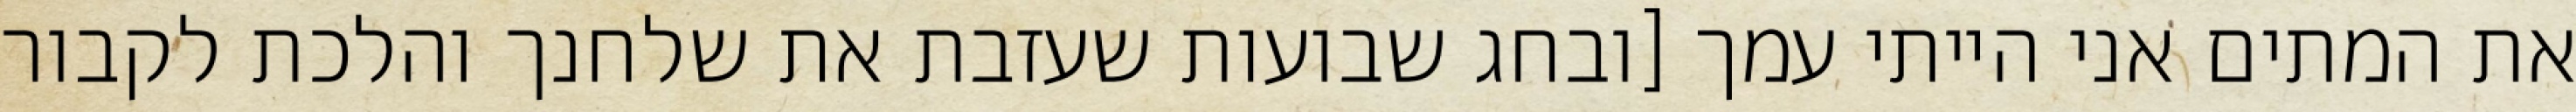
את המתים אני הייתי עמך [ובחג שבועות שעזבת את שלחנך והלכת לקבור